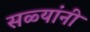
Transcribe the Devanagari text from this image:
सळ्यांनी